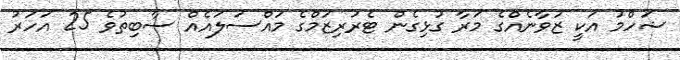
ޝަހްމު އަކީ ޒުވާނެއްގެ މަރާ ގުޅިގެން ޓެރަރިޒަމްގެ މައްސަލައެއް ސާބިތުވެ 25 އަހަރު